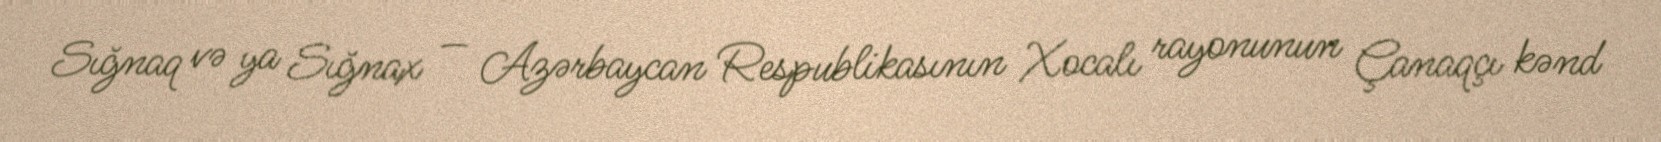
Sığnaq və ya Sığnax — Azərbaycan Respublikasının Xocalı rayonunun Çanaqçı kənd